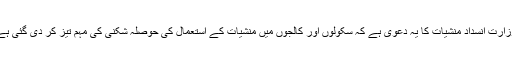
وزارت انسداد منشیات کا یہ دعویٰ ہے کہ سکولوں اور کالجوں میں منشیات کے استعمال کی حوصلہ شکنی کی مہم تیز کر دی گئی ہے۔